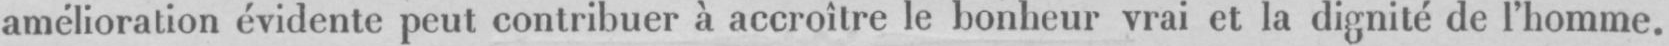
amélioration évidente peut contribuer à accroître le bonheur vrai et la dignité de l’homme.